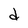
Character: d